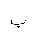
Letter: _ba